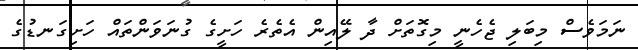
ނަމަވެސް މިބަލި ޖެހެނީ މިގޮތަށް ދާ ލޭއިން އެތެރެ ހަށީގެ ގުނަވަންތައް ހަށިގަނޑުގެ